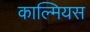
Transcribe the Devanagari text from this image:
काल्मियस